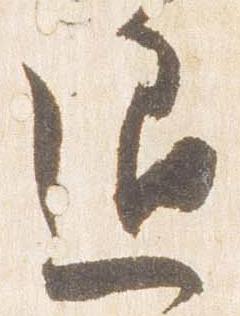
退